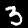
Digit: 3